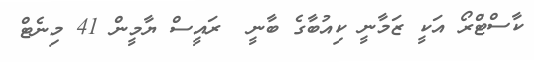
ކާސްޓްރޯ އަކީ ޒަމާނީ ކިއުބާގެ ބާނީ  ރައީސް ޔާމީން 41 މިނެޓް